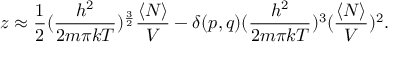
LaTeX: z \approx { \frac { 1 } { 2 } } ( { \frac { h ^ { 2 } } { 2 m \pi k T } } ) ^ { \frac { 3 } { 2 } } { \frac { \langle N \rangle } { V } } - \delta ( p , q ) ( { \frac { h ^ { 2 } } { 2 m \pi k T } } ) ^ { 3 } ( { \frac { \langle N \rangle } { V } } ) ^ { 2 } .